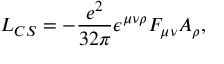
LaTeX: { \cal L } _ { C S } = - \frac { e ^ { 2 } } { 3 2 \pi } \epsilon ^ { \mu \nu \rho } F _ { \mu \nu } A _ { \rho } ,